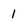
Character: 1